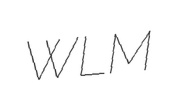
WLM